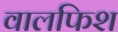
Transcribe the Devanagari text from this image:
वालफिश